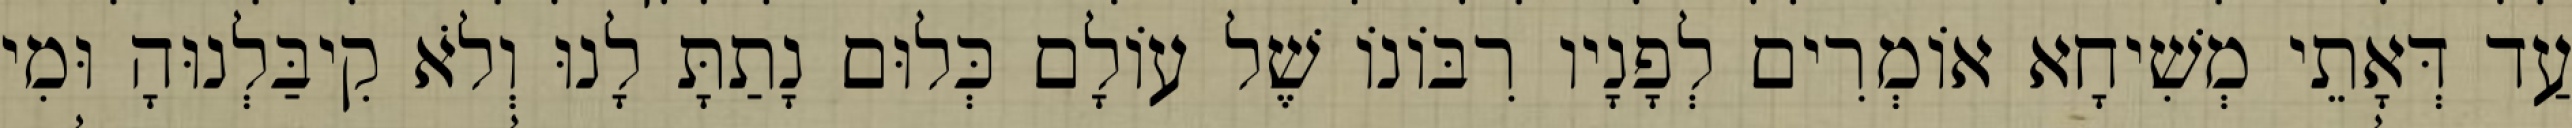
עַד דְּאָתֵי מְשִׁיחָא אוֹמְרִים לְפָנָיו רִבּוֹנוֹ שֶׁל עוֹלָם כְּלוּם נָתַתָּ לָנוּ וְלֹא קִיבַּלְנוּהָ וּמִי